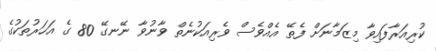
ކުރިއަރާފައިވާ މިޒަމާނަށް ފެތޭ އެއްވެސް ވެރިއަކުނެތް ވާނުވާ ނޭނގޭ 80 ގެ އަހަރުތަކުގެ